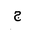
Letter: _gim